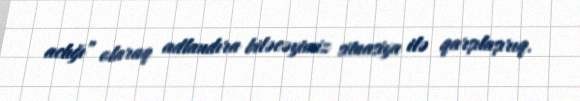
aclığı” olaraq adlandıra biləcəyimiz situasiya ilə qarşılaşırıq.